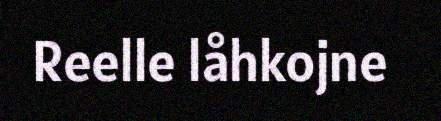
Reelle låhkojne